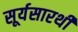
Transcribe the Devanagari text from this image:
सूर्यसारथी